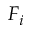
F _ { i }